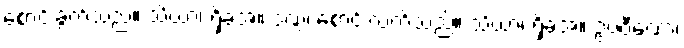
စောင်းခွက်သည်။ သိယာ၊ ရှိခဲ့အံ့။ ဒဏ္ဍံ၊ စောင်းလက်သည်။ သိယာ၊ ရှိခဲ့အံ့။ ဥပဝီဏော၊